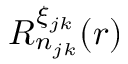
R _ { n _ { j k } } ^ { \xi _ { j k } } ( r )